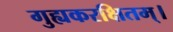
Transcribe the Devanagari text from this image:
गुह्यकरक्षितम्।